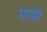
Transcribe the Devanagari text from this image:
माये।